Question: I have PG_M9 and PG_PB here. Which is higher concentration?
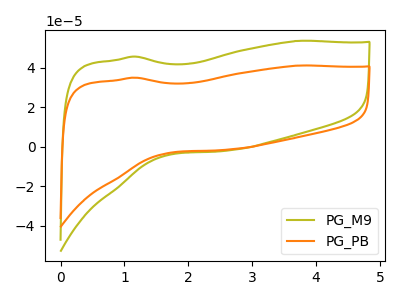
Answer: <think>The olive curve "PG_M9" has no peaks. The orange curve "PG_PB" has no peaks.
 Neither "PG_M9" or "PG_PB" have any peaks.</think>
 <answer>I cant tell if "PG_M9" or "PG_PB" has higher concentration.</answer>
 <eval>mixed_concentration</eval>